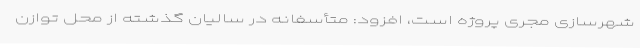
شهرسازی مجری پروژه است، افزود: متأسفانه در سالیان گذشته از محل توازن